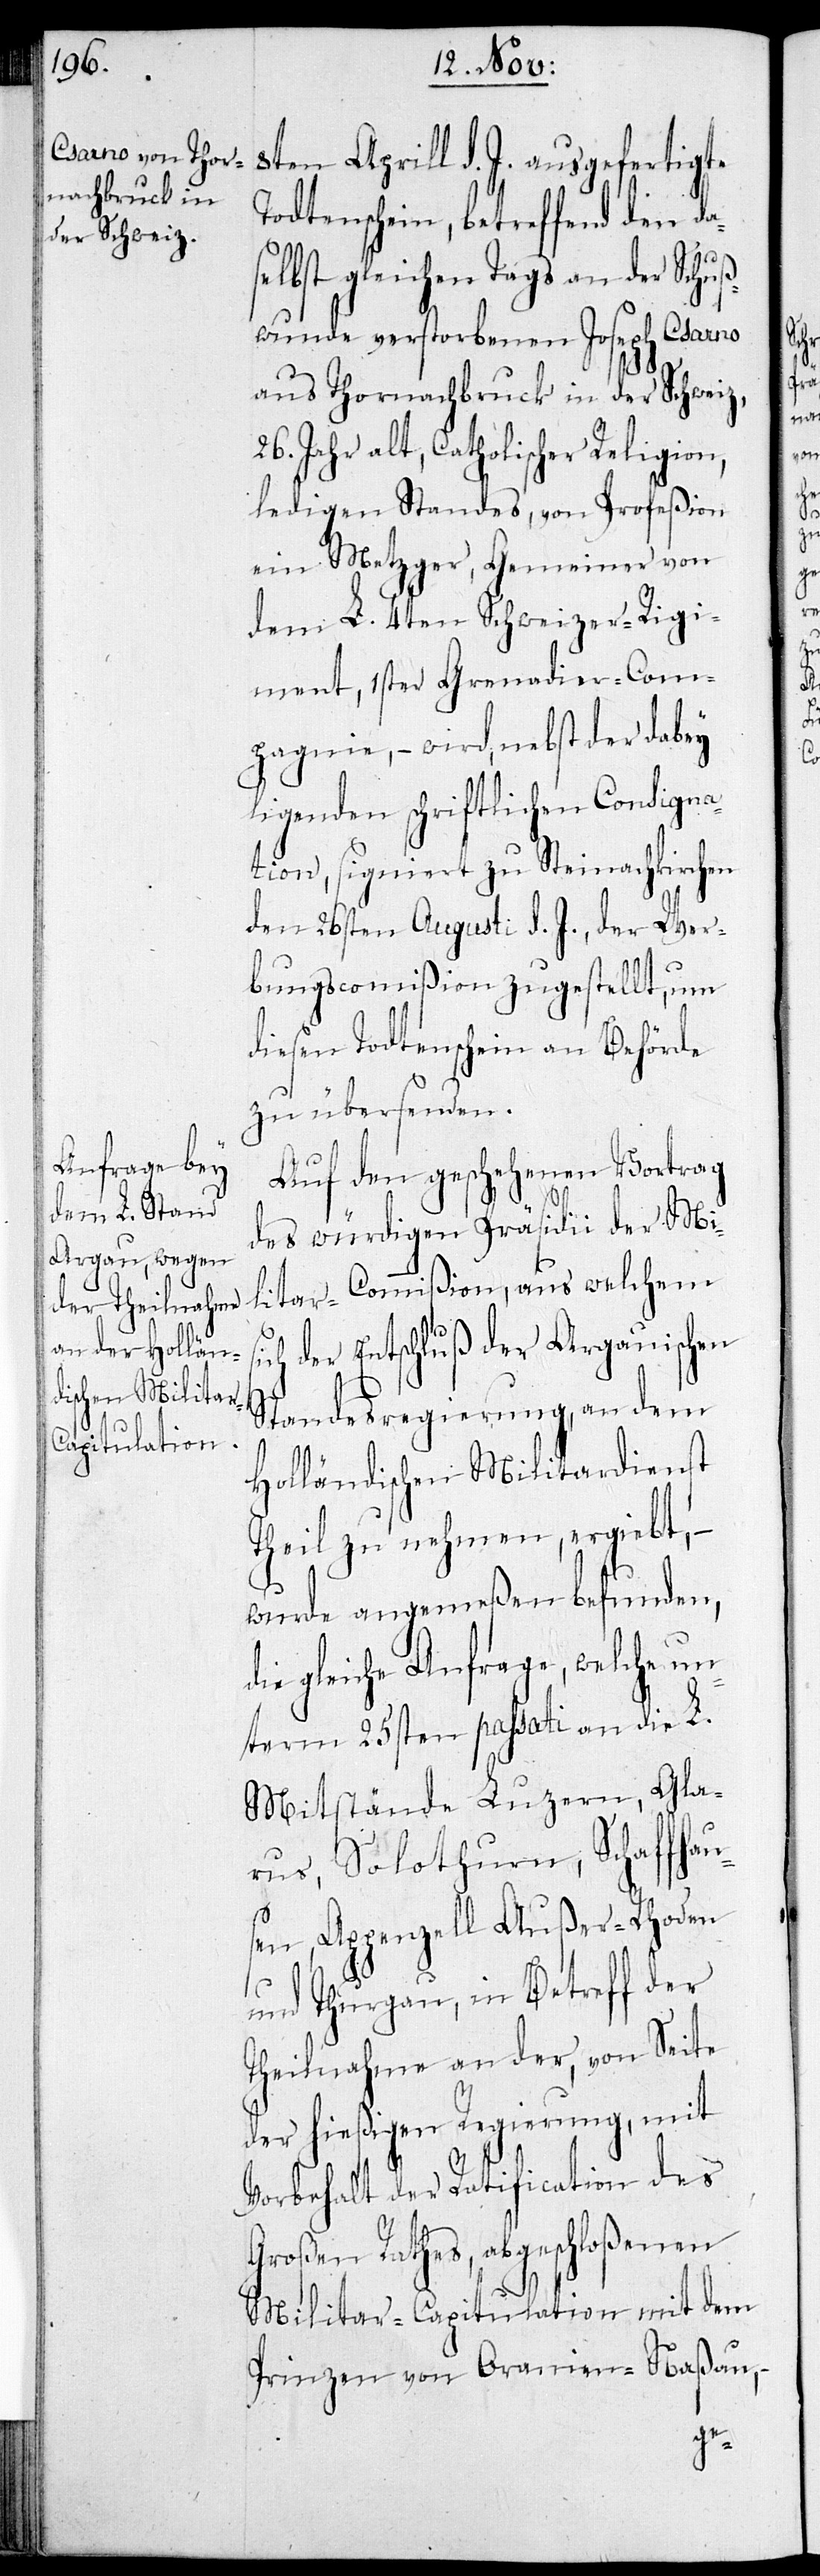
8ten Aprill d. J. ausgefertigte
Todtenschein, betreffend den das¬
elbst gleichen Tags an der Schuß¬
wunde verstorbenen Joseph Csarno
aus Thornachbruck in der Schweiz
26. Jahr alt, Catholischer Religion,
ledigen Standes, von Profeßion
ein Metzger, Gemeiner von
dem L. 4ten Schweizer-Regi¬
ment, 1ster Grenadier-Com¬
pagnie, – wird, nebst der dabey
ligenden schriftlichen Consignat¬
ion, signiert zu Steinachkirchen
den 26sten Augusti d. J., der Wer¬
bungscommißion zugestellt , um
diesen Todtenschein an Behörde
zu übersenden.
Auf den geschehenen Vortrag
des würdigen Präsidii der Mi¬
litar-Commißion, aus welchem
der Entschluß der Aargauischen
Standesregierung, an dem
Holländischen Militardienst
Theil zu nehmen, ergiebt, –
wurde angemeßen befunden,
gleiche Anfrage, welche un¬
term 25sten passati an die L.
Mitstände Luzern, Gla¬
rus, Solothurn, Schaffhau¬
sen, Appenzell Außer-Rhoden
und Thurgau, in Betreff der
Theilnahme an der, von Seite
der hießigen Regierung, mit
Vorbehalt der Ratification des
Großen Rathes, abgeschloßenen
Militar-Capitulation mit dem
Prinzen von Oranien-Naßau,